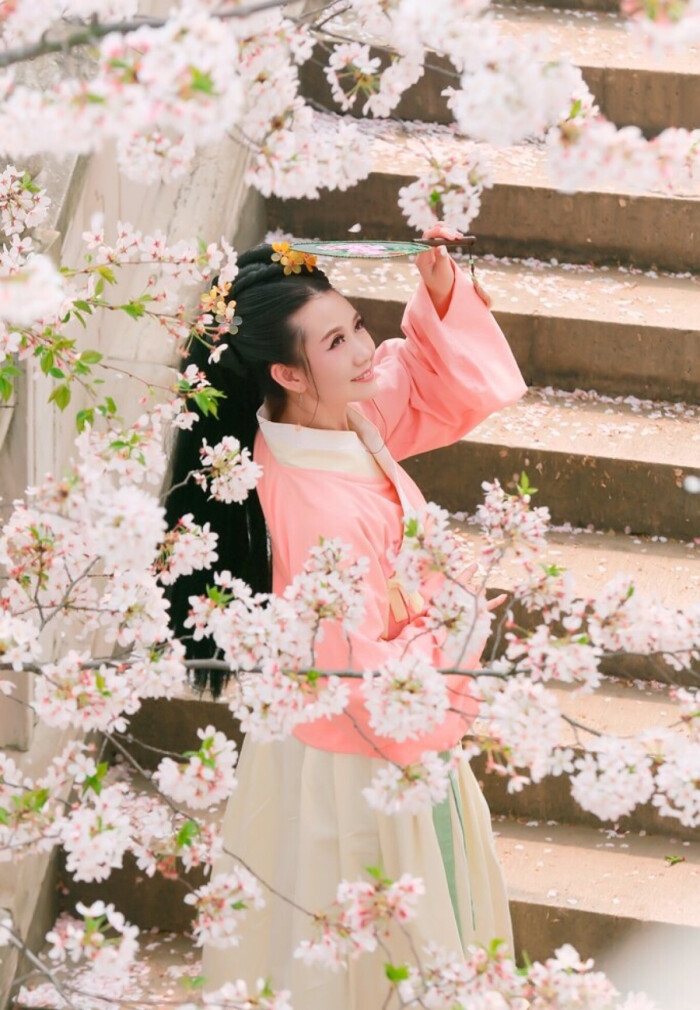
轻阴池馆水平桥，一番弄雨花梢。